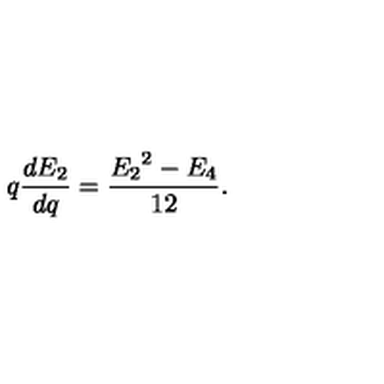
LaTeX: q \frac { d E _ { 2 } } { d q } = \frac { { E _ { 2 } } ^ { 2 } - E _ { 4 } } { 1 2 } .